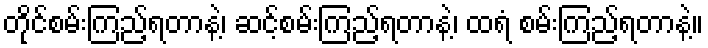
တိုင်စမ်းကြည့်ရတာနဲ့၊ ဆင့်စမ်းကြည့်ရတာနဲ့၊ ထရံ စမ်းကြည့်ရတာနဲ့။